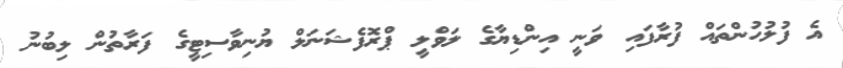
އެ ފުލުހުންތައް ފުރާފައި ވަނީ އިންޑިޔާގެ ލަވްލީ ޕްރޮފެޝަނަލް ޔުނިވާސިޓީގެ ފަރާތުން ލިބުނު